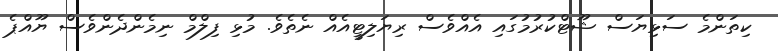
ކިތަންމެ ސަޅިޔަސް ޝޫޓްކުރުމުގައި އެއްވެސް ރިޔަލިޓީއެއް ނެތެވެ. މުޅި ފިލްމް ނިމެންދެންވެސް ޔޫއްޕެ